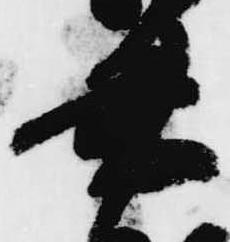
書